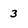
Character: 3